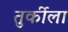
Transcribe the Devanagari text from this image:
तुर्कीला